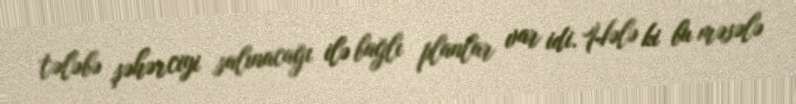
tələbə şəhərciyi salınacağı ilə bağlı planlar var idi. Hələ ki bu məsələ